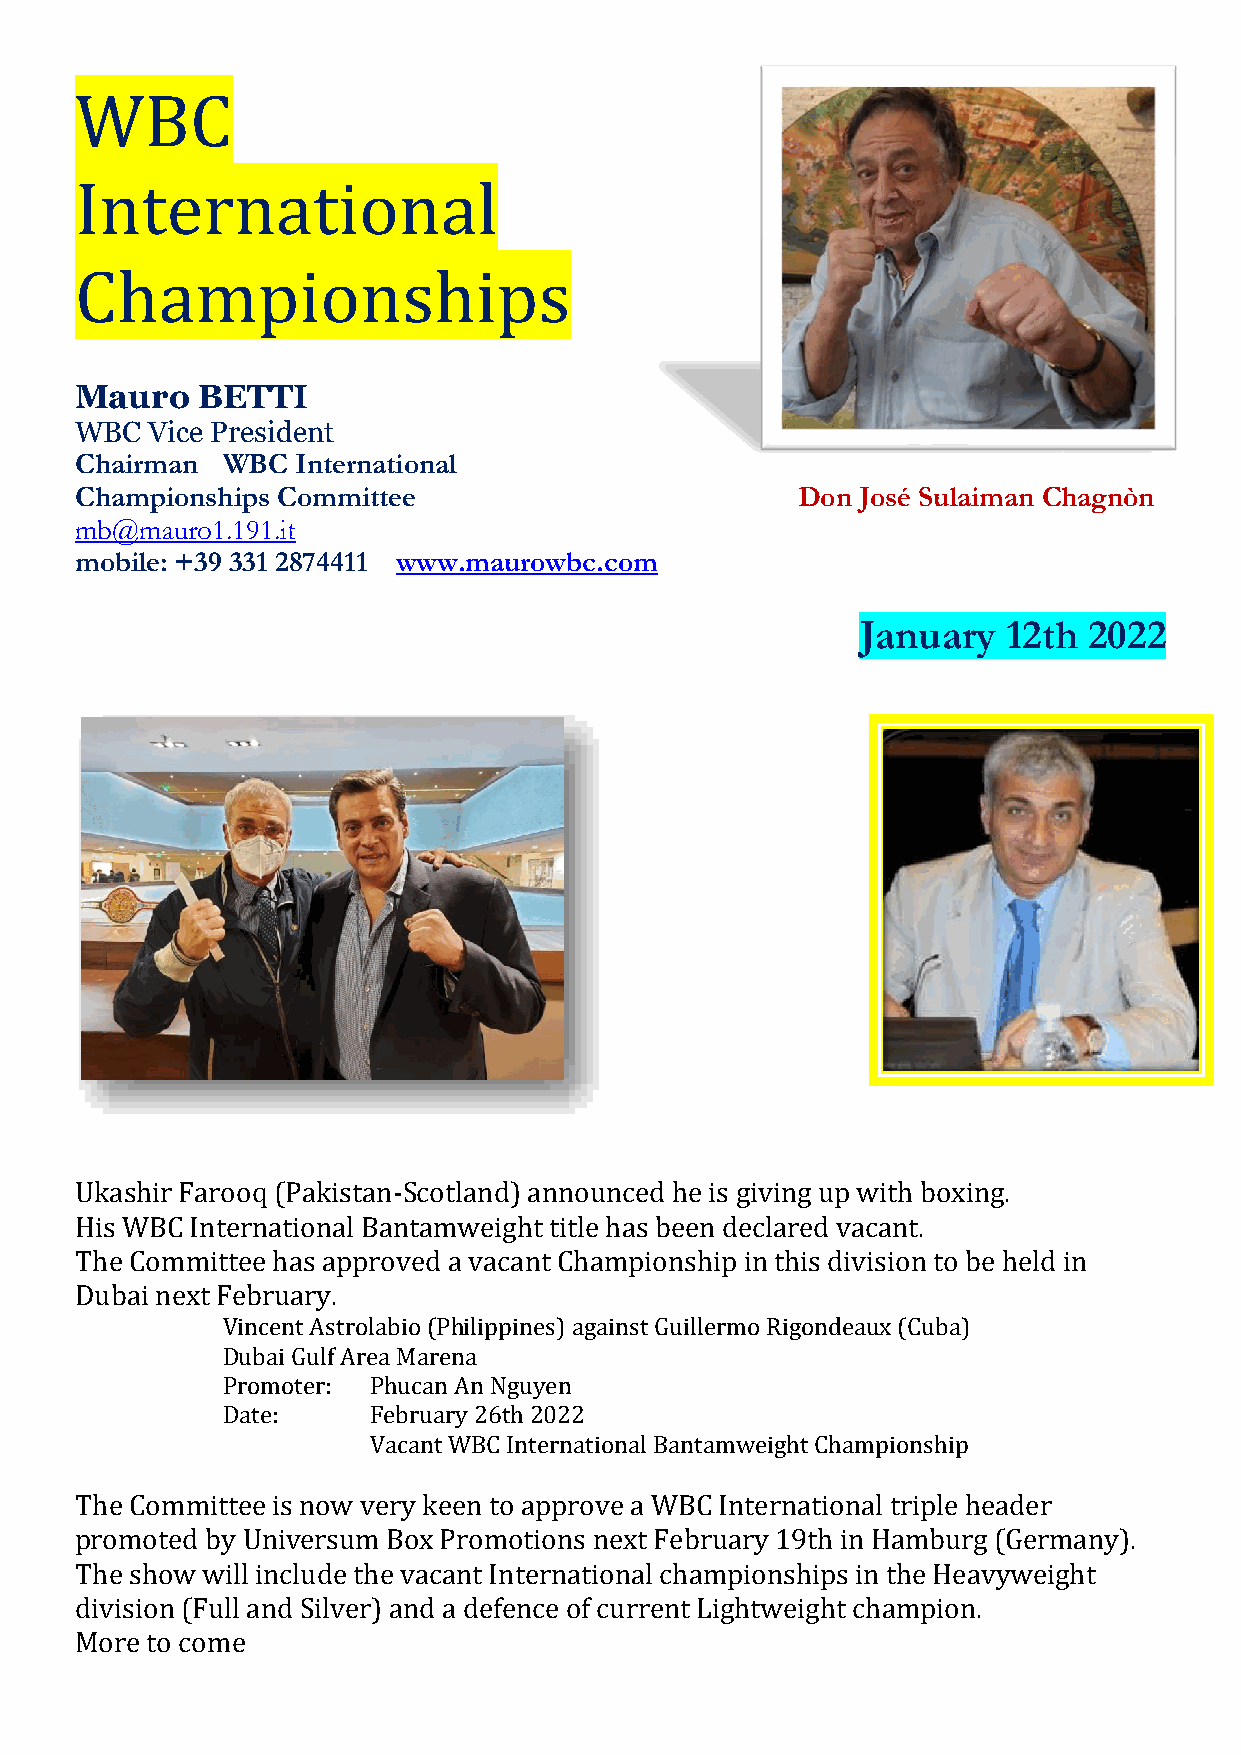
WBC
 International
 Championships
 Mauro   BETTI
 WBC  Vice President
 Chairman  WBC  International
 Championships Committee                         Don José Sulaiman Chagnòn
 mb@mauro1.191.it
 mobile: +39 331 2874411 www.maurowbc.com
 January   12th 2022
 Ukashir Farooq (Pakistan-Scotland) announced he is giving up with boxing.
 His WBC International Bantamweight title has been declared vacant.
 The Committee has approved a vacant Championship in this division to be held in
 Dubai next February.
 Vincent Astrolabio (Philippines) against Guillermo Rigondeaux (Cuba)
 Dubai Gulf Area Marena
 Promoter: Phucan An Nguyen
 Date:     February 26th 2022
 Vacant WBC International Bantamweight Championship
 The Committee is now very keen to approve a WBC International triple header
 promoted by Universum Box Promotions next February 19th in Hamburg (Germany).
 The show will include the vacant International championships in the Heavyweight
 division (Full and Silver) and a defence of current Lightweight champion.
 More to come